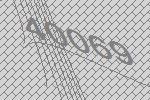
40069